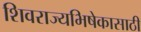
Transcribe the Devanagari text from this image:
शिवराज्यभिषेकासाठी